Reports on dispensaries and lunatic asylums in the Province of Oudh - 1869-1876
Year: 1869
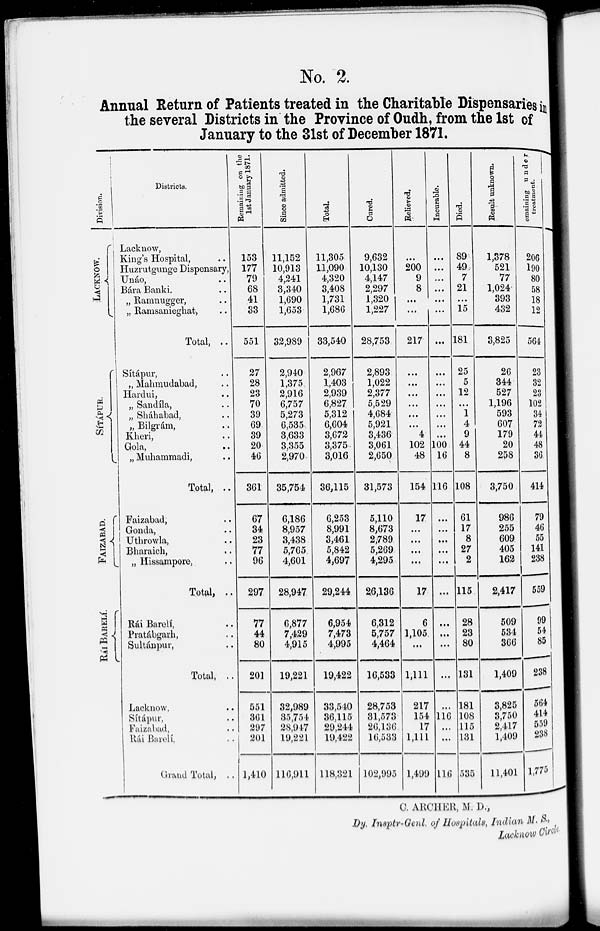
No. 2.
Annual Return of Patients treated in the Charitable Dispensaries i n
the several Districts in the Province of Oudh, from the 1st of
January to the 31st of December 1871.
Division.
LACKNOW.
SÍTÁPUR.
FAIZABAD.
RÁI BARELÍ.
Districts.
Lacknow,
King's Hospital,
Huzrutgunge Dispensary,
Unáo, ...
Bára Banki. ...
„ Ramnugger,
„ Ramsanieghat, ..
Total, ..
Sítápur, ...
„ Mabmudabad, ..
Hardui, ..
„ Sandíla, ..
„ Sháhabad, ..
„ Bilgrám, ..
Kheri, ..
Gola,
..
„ Muhammadi, ..
Total, .. ..
Faizabad, ..
Gonda, ..
Uthrowla, ..
Bharaich, ..
„ Hissampore, ..
Total, ..
Rái Barelí, ..
Pratábgarh, ..
Sultánpur, ..
Total, ..
Lacknow, ..
Sítápur, ..
Faizabad, ..
Rái Barelí, ..
Grand Total, ..
Remaining on the
1st January 1871.
153
177
79
68
41
33
551
27
28
23
70
39
69
39
20
46
361
67
34
23
77
96
297
77
44
80
201
551
361
297
201
1,410
Since admitted.
11,152
10,913
4,241
3,340
1,690
1,653
32,989
2,940
1,375
2,916
6,757
5,273
6,535
3,633
3,355
2,970
35,754
6,186
8,957
3,438
5,765
4,601
28,947
6,877
7,429
4,915
19,221
32,989
35,754
28,947
19,221
116,911
Total.
11,305
11,090
4,320
3,408
1,731
1,686
33,540
2,967
1,403
2,939
6,827
5,312
6,604
3,672
3,375
3,016
36,115
6,253
8,991
3,461
5,842
4,697
29,244
6,954
7,473
4,995
19,422
33,540
36,115
29,244
19,422
118,321
Cured.
9,632
10,130
4,147
2,297
1,320
1,227
28,753
2,893
1,022
2,377
5,529
4,684
5,921
3,436
3,061
2,650
31,573
5,110
8,673
2,789
5,269
4,295
26,136
6,312
5,757
4,464
16,533
28,753
31,573
26,136
16,533
102,995
Relieved.
...
200
9
8
...
...
217
...
...
...
...
...
...
4
102
48
154
17
...
...
...
...
17
6
1,105
...
1,111
217
154
17
1,111
1,499
Incurable.
...
...
...
...
...
...
...
...
...
...
...
...
...
...
100
16
116
...
...
...
...
...
...
...
...
...
...
...
116
...
...
116
Died.
89
49
7
21
...
15
181
25
5
12
...
1
4
9
44
8
108
61
17
8
27
2
115
28
23
80
131
181
108
115
131
535
Result unknown.
1,378
521
77
1,024
393
432
3,825
26
344
527
1,196
593
607
179
20
258
3,750
986
255
609
405
162
2,417
509
534
366
1,409
3,825
3,750
2,417
1,409
11,401
Remaining under
treatment.
206
190
80
58
18
12
564
23
32
23
102
34
72
44
48
36
414
79
46
55
141
238
559
99
54
85
238
564
414
559
238
1,775
C. ARCHER, M. D.,
Dy. Insptr-Genl of Hospitals, Indian M. S.,
Lacknow Circle.